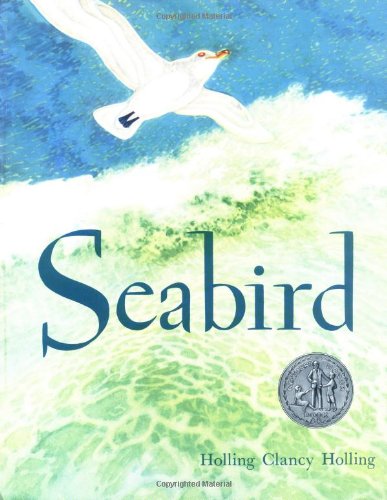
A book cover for Seabird; Holling C. Holling; Children's Books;